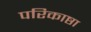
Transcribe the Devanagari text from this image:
परिकाष्ठा